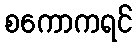
စကောကရင်